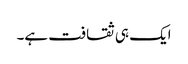
ایک ہی ثقافت ہے۔